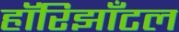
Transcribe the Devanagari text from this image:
हॉरिझाँटल